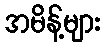
အမိန့်များ